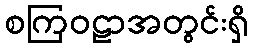
စကြဝဠာအတွင်းရှိ